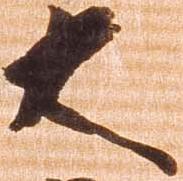
大